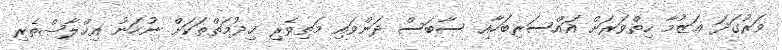
ވަރުގަދަ ޢަޒުމާ ހިތްވަރަށް އައްސަރިބަހާއި ސާބަސް ދަންވައި މަތިވެރި ޚިދުމަތްތަކަށް ނުހަނު އިޚްލާޞްތެރި